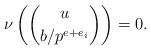
LaTeX: \begin{align*}\nu\left(\binom u{b/p^{e+e_i}}\right)=0.\end{align*}